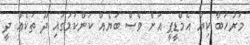
މަރުހަބާ ކިޔާ އެމްޑީޕީ އަށް ވެސް ބަޔެއް ކަންކަމުގައި ދޫ ތަކެއް ދީ